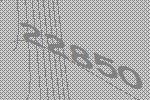
22850